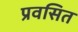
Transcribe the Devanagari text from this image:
प्रवसित